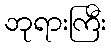
ဘုရားကြီး